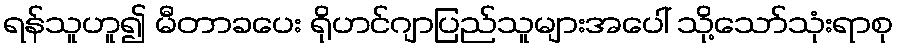
ရန်သူဟူ၍ မီတာခပေး ရိုဟင်ဂျာပြည်သူများအပေါ် သို့သော်သုံးရာစု